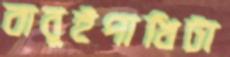
বাবুইপাখিটা